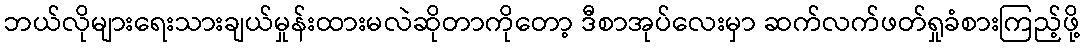
ဘယ်လိုများရေးသားချယ်မှုန်းထားမလဲဆိုတာကိုတော့ ဒီစာအုပ်လေးမှာ ဆက်လက်ဖတ်ရှုခံစားကြည့်ဖို့